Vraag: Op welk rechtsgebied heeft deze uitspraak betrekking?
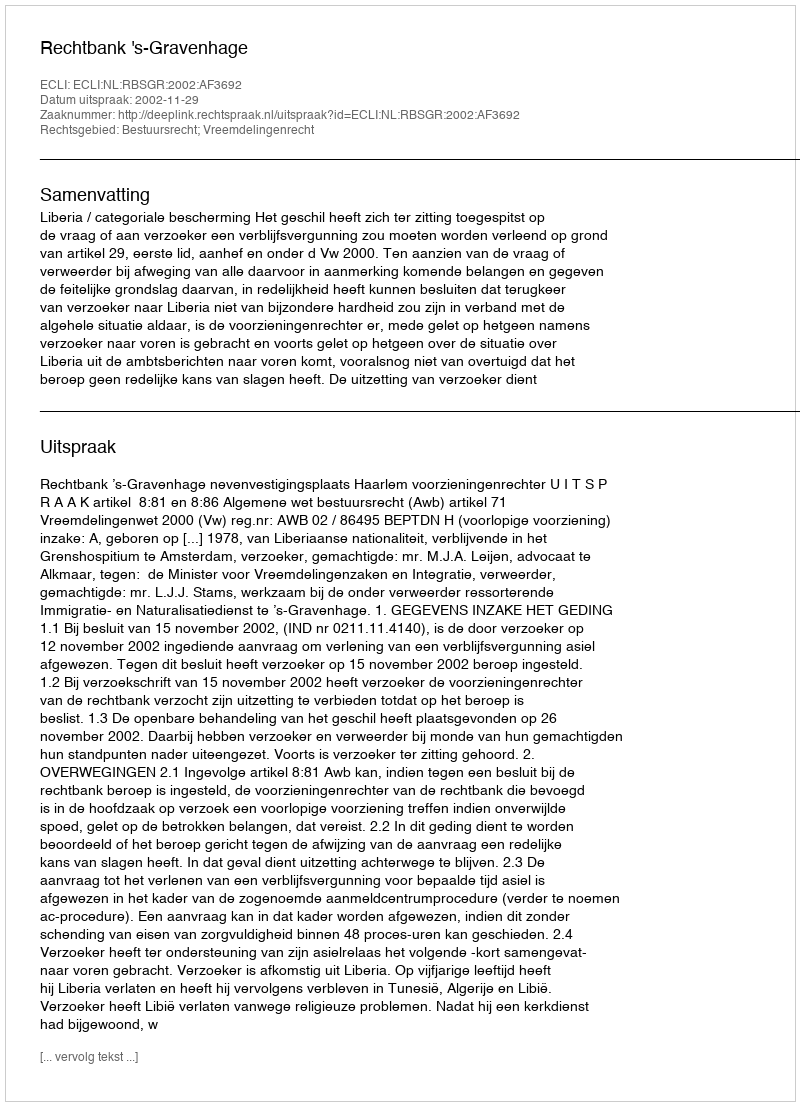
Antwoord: Bestuursrecht; Vreemdelingenrecht